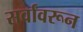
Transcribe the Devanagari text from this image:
सर्वांवरून